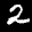
Label: 2